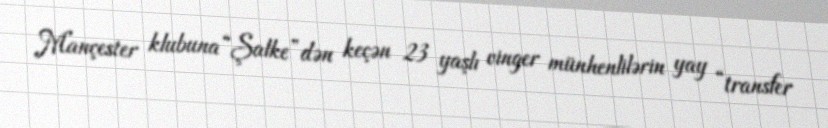
Mançester klubuna “Şalke”dən keçən 23 yaşlı vinger münhenlilərin yay “transfer